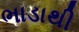
ભાડાથી